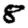
Digit: 8